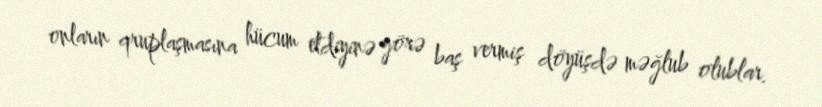
onların qruplaşmasına hücum etdiyinə görə baş vermiş döyüşdə məğlub olublar.